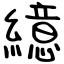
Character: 繶